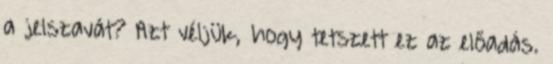
a jelszavát? Azt véljük, hogy tetszett ez az előadás.